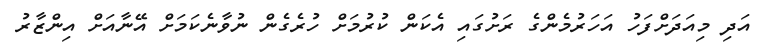
އަދި މިއަދަށްފަހު އަހަރުމެންގެ ރަށުގައި އެކަން ކުރުމަށް ހުރެގެން ނުވާނެކަމަށް އޭނާއަށް އިންޒާރު